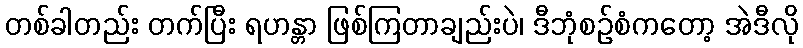
တစ်ခါတည်း တက်ပြီး ရဟန္တာ ဖြစ်ကြတာချည်းပဲ၊ ဒီဘုံစဉ်စံကတော့ အဲဒီလို